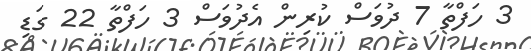
3 ހަފްތާ 7 ދުވަސް ކުރިން އެދުވަސް 3 ހަފްތާ 22 ގަޑި